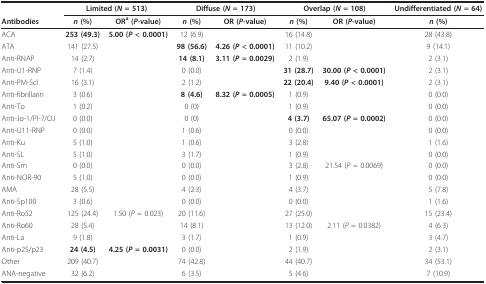
<table><thead><tr><td></td><td colspan="2"><b>Limited (<i>N </i>= 513)</b></td><td colspan="2"><b>Diffuse (<i>N </i>= 173)</b></td><td colspan="2"><b>Overlap (<i>N </i>= 108)</b></td><td><b>Undifferentiated (<i>N </i>= 64)</b></td></tr><tr><td><b>Antibodies</b></td><td><b><i>n </i>(%)</b></td><td><b>OR<sup>a </sup>(<i>P</i>-value)</b></td><td><b><i>n </i>(%)</b></td><td><b>OR (<i>P</i>-value)</b></td><td><b><i>n </i>(%)</b></td><td><b>OR (<i>P</i>-value)</b></td><td><b><i>n </i>(%)</b></td></tr></thead><tbody><tr><td>ACA</td><td><b>253 (49.3)</b></td><td><b>5.00 (<i>P </i>&lt; 0.0001)</b></td><td>12 (6.9)</td><td></td><td>16 (14.8)</td><td></td><td>28 (43.8)</td></tr><tr><td>ATA</td><td>141 (27.5)</td><td></td><td><b>98 (56.6)</b></td><td><b>4.26 (<i>P </i>&lt; 0.0001)</b></td><td>11 (10.2)</td><td></td><td>9 (14.1)</td></tr><tr><td>Anti-RNAP</td><td>14 (2.7)</td><td></td><td><b>14 (8.1)</b></td><td><b>3.11 (<i>P </i>= 0.0029)</b></td><td>2 (1.9)</td><td></td><td>2 (3.1)</td></tr><tr><td>Anti-U1-RNP</td><td>7 (1.4)</td><td></td><td>0 (0.0)</td><td></td><td><b>31 (28.7)</b></td><td><b>30.00 (<i>P </i>&lt; 0.0001)</b></td><td>2 (3.1)</td></tr><tr><td>Anti-PM-Scl</td><td>16 (3.1)</td><td></td><td>2 (1.2)</td><td></td><td><b>22 (20.4)</b></td><td><b>9.40 (<i>P </i>&lt; 0.0001)</b></td><td>2 (3.1)</td></tr><tr><td>Anti-fibrillarin</td><td>3 (0.6)</td><td></td><td><b>8 (4.6)</b></td><td><b>8.32 (<i>P </i>= 0.0005)</b></td><td>1 (0.9)</td><td></td><td>0 (0.0)</td></tr><tr><td>Anti-To</td><td>1 (0.2)</td><td></td><td>0 (0)</td><td></td><td>1 (0.9)</td><td></td><td>0 (0.0)</td></tr><tr><td>Anti-Jo-1/Pl-7/OJ</td><td>0 (0.0)</td><td></td><td>0 (0)</td><td></td><td><b>4 (3.7)</b></td><td><b>65.07 (<i>P </i>= 0.0002)</b></td><td>0 (0.0)</td></tr><tr><td>Anti-U11-RNP</td><td>0 (0.0)</td><td></td><td>1 (0.6)</td><td></td><td>0 (0.0)</td><td></td><td>0 (0.0)</td></tr><tr><td>Anti-Ku</td><td>5 (1.0)</td><td></td><td>1 (0.6)</td><td></td><td>3 (2.8)</td><td></td><td>1 (1.6)</td></tr><tr><td>Anti-SL</td><td>5 (1.0)</td><td></td><td>3 (1.7)</td><td></td><td>1 (0.9)</td><td></td><td>0 (0.0)</td></tr><tr><td>Anti-Sm</td><td>0 (0.0)</td><td></td><td>0 (0.0)</td><td></td><td>3 (2.8)</td><td>21.54 (<i>P </i>= 0.0069)</td><td>0 (0.0)</td></tr><tr><td>Anti-NOR-90</td><td>5 (1.0)</td><td></td><td>0 (0.0)</td><td></td><td>1 (0.9)</td><td></td><td>0 (0.0)</td></tr><tr><td>AMA</td><td>28 (5.5)</td><td></td><td>4 (2.3)</td><td></td><td>4 (3.7)</td><td></td><td>5 (7.8)</td></tr><tr><td>Anti-Sp100</td><td>3 (0.6)</td><td></td><td>0 (0.0)</td><td></td><td>0 (0.0)</td><td></td><td>1 (1.6)</td></tr><tr><td>Anti-Ro52</td><td>125 (24.4)</td><td>1.50 (<i>P </i>= 0.023)</td><td>20 (11.6)</td><td></td><td>27 (25.0)</td><td></td><td>15 (23.4)</td></tr><tr><td>Anti-Ro60</td><td>28 (5.4)</td><td></td><td>14 (8.1)</td><td></td><td>13 (12.0)</td><td>2.11 (<i>P </i>= 0.0382)</td><td>4 (6.3)</td></tr><tr><td>Anti-La</td><td>9 (1.8)</td><td></td><td>3 (1.7)</td><td></td><td>1 (0.9)</td><td></td><td>3 (4.7)</td></tr><tr><td>Anti-p25/p23</td><td><b>24 (4.5)</b></td><td><b>4.25 (<i>P </i>= 0.0031)</b></td><td>0 (0.0)</td><td></td><td>2 (1.9)</td><td></td><td>2 (3.1)</td></tr><tr><td>Other</td><td>209 (40.7)</td><td></td><td>74 (42.8)</td><td></td><td>44 (40.7)</td><td></td><td>34 (53.1)</td></tr><tr><td>ANA-negative</td><td>32 (6.2)</td><td></td><td>6 (3.5)</td><td></td><td>5 (4.6)</td><td></td><td>7 (10.9)</td></tr></tbody></table>